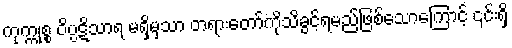
ကုက္ကုစ္စ ဝိပ္ပဋိသာရ မရှိမှသာ တရားတော်ကိုသိခွင့်ရမည်ဖြစ်သောကြောင့် ၎င်းရှိ